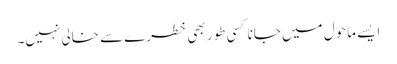
ایسے ماحول میں جانا کسی طور بھی خطرے سے خالی نہیں۔